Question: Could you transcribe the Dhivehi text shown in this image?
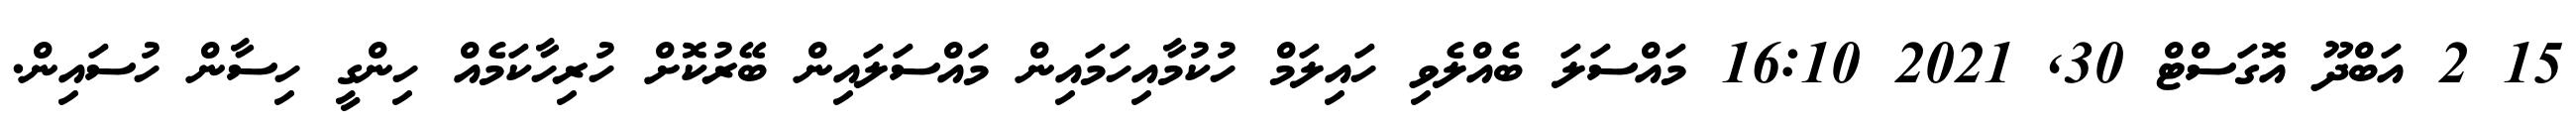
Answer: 15 2 އަބްދޫ އޮގަސްޓް 30, 2021 16:10 މައްސަލަ ބެއްލެވި ހައިލަމް ހުކުމާއިހަމައިން މައްސަލައިން ބޭރުކޮށް ހުރިހާކަމެއް ހިންގީ ހިސާން ހުސައިން.